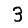
Digit: 3